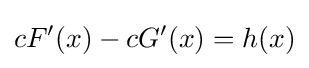
cF'(x)-cG'(x)=h(x)